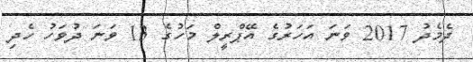
ދެމެދު 2017 ވަނަ އަހަރުގެ އޭޕްރީލް މަހުގެ 13 ވަނަ ދުވަހު ހެދި